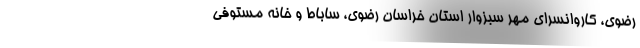
رضوی، کاروانسرای مهر سبزوار استان خراسان رضوی، ساباط و خانه مستوفی